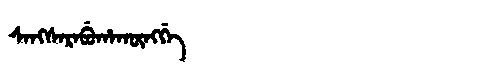
Manchu: ᠰᠠᠩᠰᠠᡵᠠᠪᡠᡥᠠᡴᡡᠩᡤᡝ
Romanization: SANGSARABUHAKŪNGGE